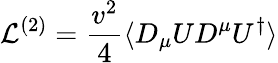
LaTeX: {\mathcal{L}}^{(2)}=\frac{v^{2}}{4}\langle D_{\mu}UD^{\mu}U^{\dagger}\rangle